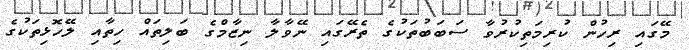
މޭގައި ރިހުން ކުރިމަތިކުރުވާ ސަބަބުތަކުގެ ތެރޭގައި ނޭވާލާ ނިޒާމްގެ ބަލިތައް ހިތާއި ލޭހޮޅިތަކުގެ